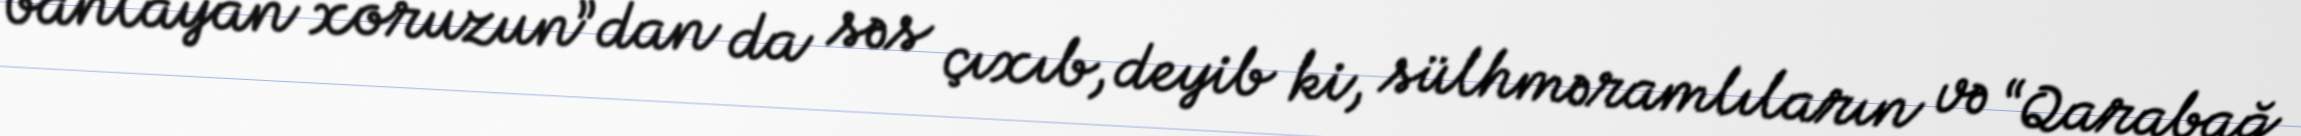
banlayan xoruzun”dan da səs çıxıb, deyib ki, sülhməramlıların və “Qarabağ